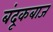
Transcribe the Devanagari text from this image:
बंदूकबाज